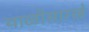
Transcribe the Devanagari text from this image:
थाळीसारखे